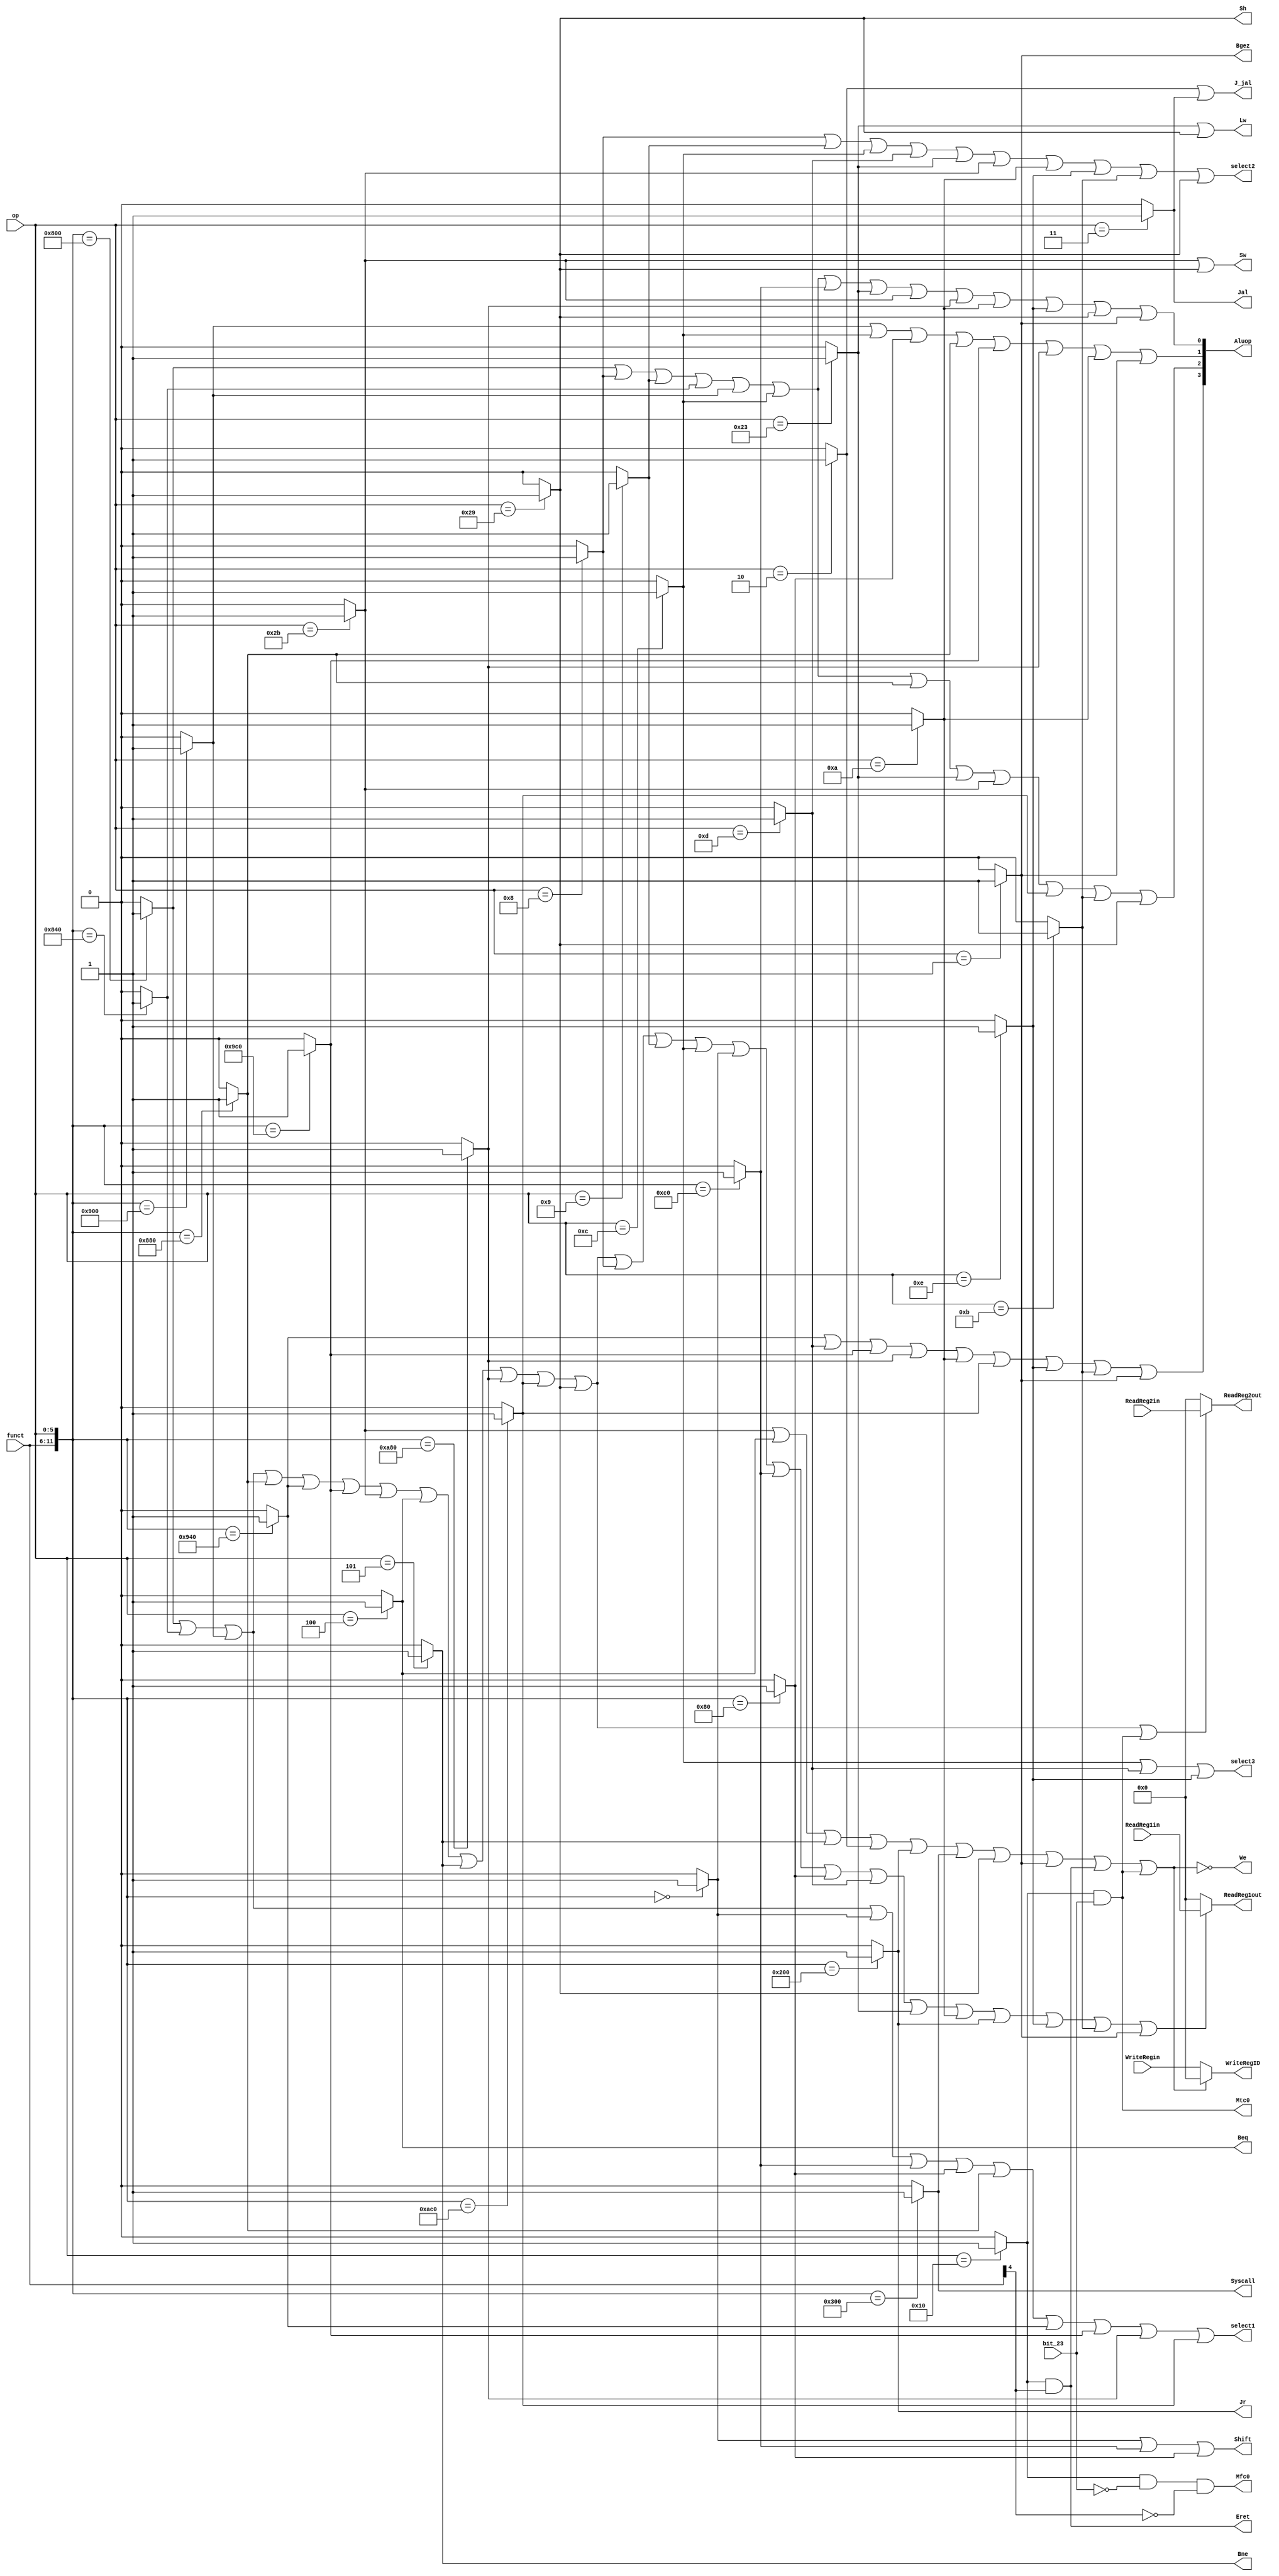
`timescale 1ns / 1ps
//////////////////////////////////////////////////////////////////////////////////
// Company: 
// Engineer: 
// 
// Design Name: 
// Module Name: ControlUnit
// Project Name: 
// Target Devices: 
// Tool Versions: 
// Description: 
// 
// Dependencies: 
// 
// Revision:
// Revision 0.01 - File Created
// Additional Comments:
// 
//////////////////////////////////////////////////////////////////////////////////


module ControlUnit( op,funct,bit_23,ReadReg1in,ReadReg2in,WriteRegin, Aluop,select1,Jal,Shift,We,select2,Beq,Bne,J_jal,Jr,Sw,Lw,select3,Syscall,Sh,Bgez,Eret,Mtc0,Mfc0,ReadReg1out,ReadReg2out,WriteRegID);
input  wire bit_23;
input  wire [5:0] op,funct;
input  wire [4:0]ReadReg1in,ReadReg2in,WriteRegin;
output wire [4:0] ReadReg1out,ReadReg2out,WriteRegID;
output wire [3:0]Aluop;
output wire select1,Jal,Shift,We,select2,Beq,Bne,J_jal,Jr,Sw,Lw,select3,Syscall,Sh,Bgez,Eret,Mtc0,Mfc0;
wire add,addi,addiu,addu,i_and,andi,sll,sra,srl,sub,i_or,ori,i_nor,lw,sw,beq,bne,slt,slti,sltu,j,jal,jr,syscall,xori,sltiu,sh,bgez,cp0,sel1,sel2;

assign add=({funct,op}==12'b100000000000)? 1:0;
assign addi=(op==6'b001000)? 1:0;
assign addiu=(op==6'b001001)? 1:0;
assign addu=({funct,op}==12'b100001000000)? 1:0;
assign i_and=({funct,op}==12'b100100000000)? 1:0;
assign andi=(op==6'b001100)? 1:0;
assign sll=({funct,op}==12'b000000000000)? 1:0;
assign sra=({funct,op}==12'b000011000000)? 1:0;
assign srl=({funct,op}==12'b000010000000)? 1:0;
assign sub=({funct,op}==12'b100010000000)? 1:0;
assign i_or=({funct,op}==12'b100101000000)? 1:0;
assign ori=(op==6'b001101)? 1:0;
assign i_nor=({funct,op}==12'b100111000000)? 1:0;
assign lw=(op==6'b100011)? 1:0;
assign sw=(op==6'b101011)? 1:0;
assign beq=(op==6'b000100)? 1:0;
assign bne=(op==6'b000101)? 1:0;
assign slt=({funct,op}==12'b101010000000)? 1:0;
assign slti=(op==6'b001010)? 1:0;
assign sltu=({funct,op}==12'b101011000000)? 1:0;
assign j=(op==6'b000010)? 1:0;
assign jal=(op==6'b000011)? 1:0;
assign jr=({funct,op}==12'b001000000000)? 1:0;
assign syscall=({funct,op}==12'b001100000000)? 1:0;
assign xori=(op==6'b001110)? 1:0;
assign sltiu=(op==6'b001011)? 1:0;
assign sh=(op==6'b101001)? 1:0;
assign bgez=(op==6'b000001)? 1:0;
assign cp0=(op==6'b010000)? 1:0;

assign Aluop[0]=add|addi|addiu|addu|i_and|andi|sra|lw|sw|slt|slti|xori|sh|bgez;
assign Aluop[1]=i_and|andi|srl|sub|i_nor|slt|slti|bgez;
assign Aluop[2]=add|addi|addiu|addu|i_and|andi|sub|lw|sw|sltu|sltiu|sh;
assign Aluop[3]=i_or|ori|i_nor|slt|slti|sltu|xori|sltiu|bgez;
assign select1=add|addu|i_and|sll|sra|srl|sub|i_or|i_nor|slt|sltu;
assign Jal=jal;
assign Shift=sll|sra|srl;
assign We=~(sw|beq|bne|j|jr|syscall|sh|bgez|Eret|Mtc0);
assign select2=addi|addiu|andi|ori|lw|sw|slti|xori|sltiu|sh;
assign Beq=beq;
assign Bne=bne;
assign J_jal=j|jal;
assign Jr=jr;
assign Sw=sw|sh;
assign Lw=lw|sh;
assign select3=andi|ori|xori;
assign Syscall=syscall;
assign Sh=sh;
assign Bgez=bgez;
assign Eret=cp0&funct[4];
assign Mtc0=cp0&bit_23;
assign Mfc0=cp0&(~bit_23)&(~funct[4]);

assign sel1=add|addu|i_and|sub|i_or|i_nor|sw|beq|bne|slt|sltu|sh|addi|addiu|andi|sll|sra|srl|ori|lw|slti|jr|xori|sltiu|bgez;
assign sel2=add|addu|i_and|sub|i_or|i_nor|sw|beq|bne|slt|sltu|sh|Mtc0;
assign ReadReg1out=sel1?ReadReg1in:5'b0;
assign ReadReg2out=sel2?ReadReg2in:5'b0;
assign WriteRegID=We?WriteRegin:5'b0;

endmodule